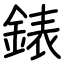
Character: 錶